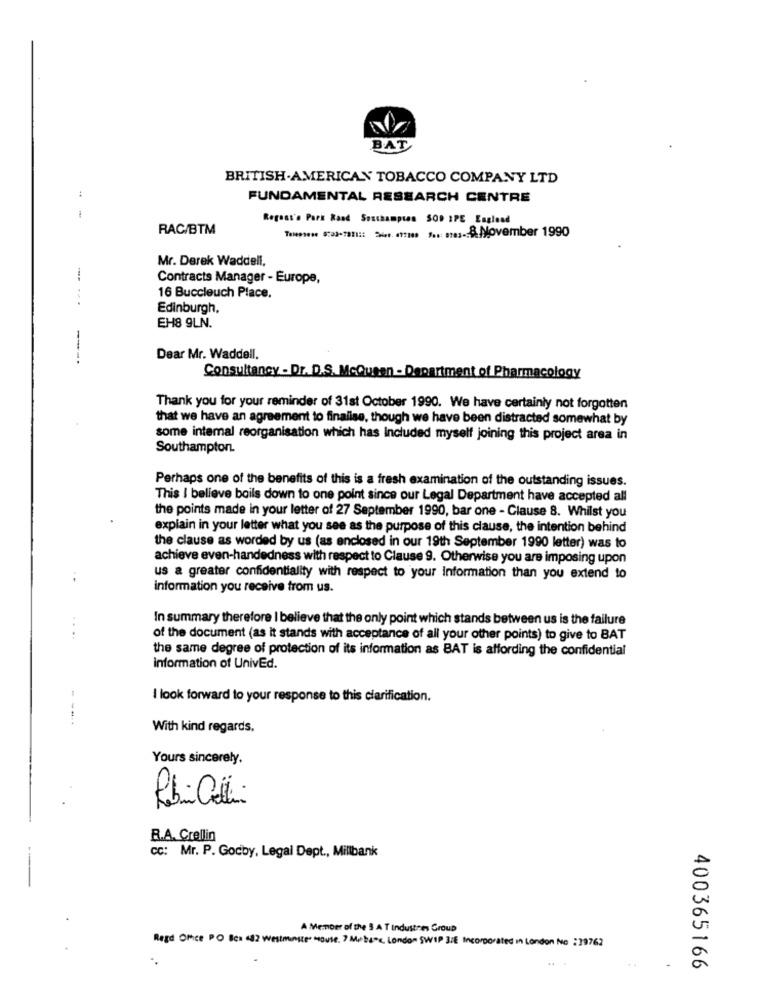
BAT
BRITISH.AMERICAN TOBACCO COMPANY LTD
:
FUNDAMENTAL RESEARCH CENTRE
Regass's Park Rand Southamptan SOD IPE Esgload
RAC/BTM
Mr. Derek Waddell,
Contracts Manager - Europe,
16 Buccleuch Place.
Edinburgh,
EH8 9LN.
---
Dear Mr. Waddell.
Consultancy - Dr. D.S. McQueen - Department of Pharmacology
Thank you for your reminder of 31st October 1990. We have certainly not forgotten
that we have an agreement to finalise, though we have been distracted somewhat by
some intemal reorganisation which has Included myself joining this project area in
Southampton.
Perhaps one of the benefits of this is a fresh examination of the outstanding issues.
This I believe boils down to one point since our Legal Department have accepted all
the points made in your letter of 27 September 1990, bar one - Clause 8. Whilst you
explain in your letter what you see as the purpose of this clause, the intention behind
the clause as worded by us (as enclosed in our 19th September 1990 letter) was to
achieve even-handedness with respect to Clause 9. Otherwise you are imposing upon
us a greater confidentiality with respect to your Information than you extend to
information you receive from us.
In summary therefore I believe that the only point which stands between us is the failure
of the document (as it stands with acceptance of all your other points) to give to BAT
the same degree of protection of its information as BAT is affording the confidential
information of UnivEd.
I look forward to your response to this clarification.
With kind regards.
Yours sincerely.
.
R.A. Crellin
cc: Mr. P. Gocby, Legal Dept ., Millbank
A Member of the 3 A T Industries Group
Regd Ofice PO Bes 42 Westminster mouse. ? Mi bar, London SWIP 3/E Incorporated in London No :39762
.. .
400365166